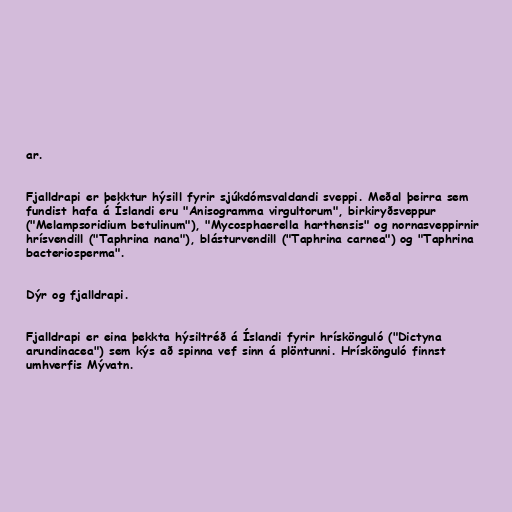
ar.

Fjalldrapi er þekktur hýsill fyrir sjúkdómsvaldandi sveppi. Meðal þeirra sem
fundist hafa á Íslandi eru "Anisogramma virgultorum", birkiryðsveppur
("Melampsoridium betulinum"), "Mycosphaerella harthensis" og nornasveppirnir
hrísvendill ("Taphrina nana"), blásturvendill ("Taphrina carnea") og "Taphrina
bacteriosperma".

Dýr og fjalldrapi.

Fjalldrapi er eina þekkta hýsiltréð á Íslandi fyrir hrískönguló ("Dictyna
arundinacea") sem kýs að spinna vef sinn á plöntunni. Hrískönguló finnst
umhverfis Mývatn.